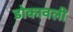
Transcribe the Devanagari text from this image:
डोकावली